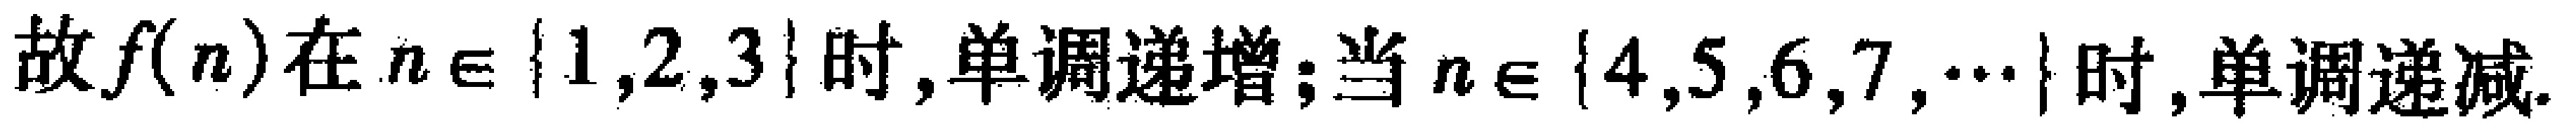
故\(f(n)\)在\(n\in \{ 1,2,3\}\)时,单调递增;当\(n\in \{ 4,5,6,7,\cdots\}\)时,单调递减.